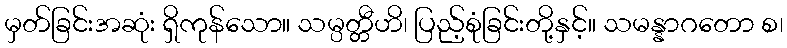
မှတ်ခြင်းအဆုံး ရှိကုန်သော။ သမ္ပတ္တီဟိ၊ ပြည့်စုံခြင်းတို့နှင့်။ သမန္နာဂတော စ၊